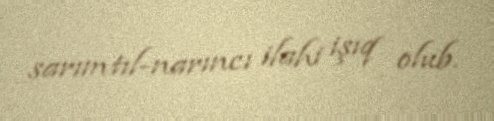
sarımtıl-narıncı ilahi işıq olub.